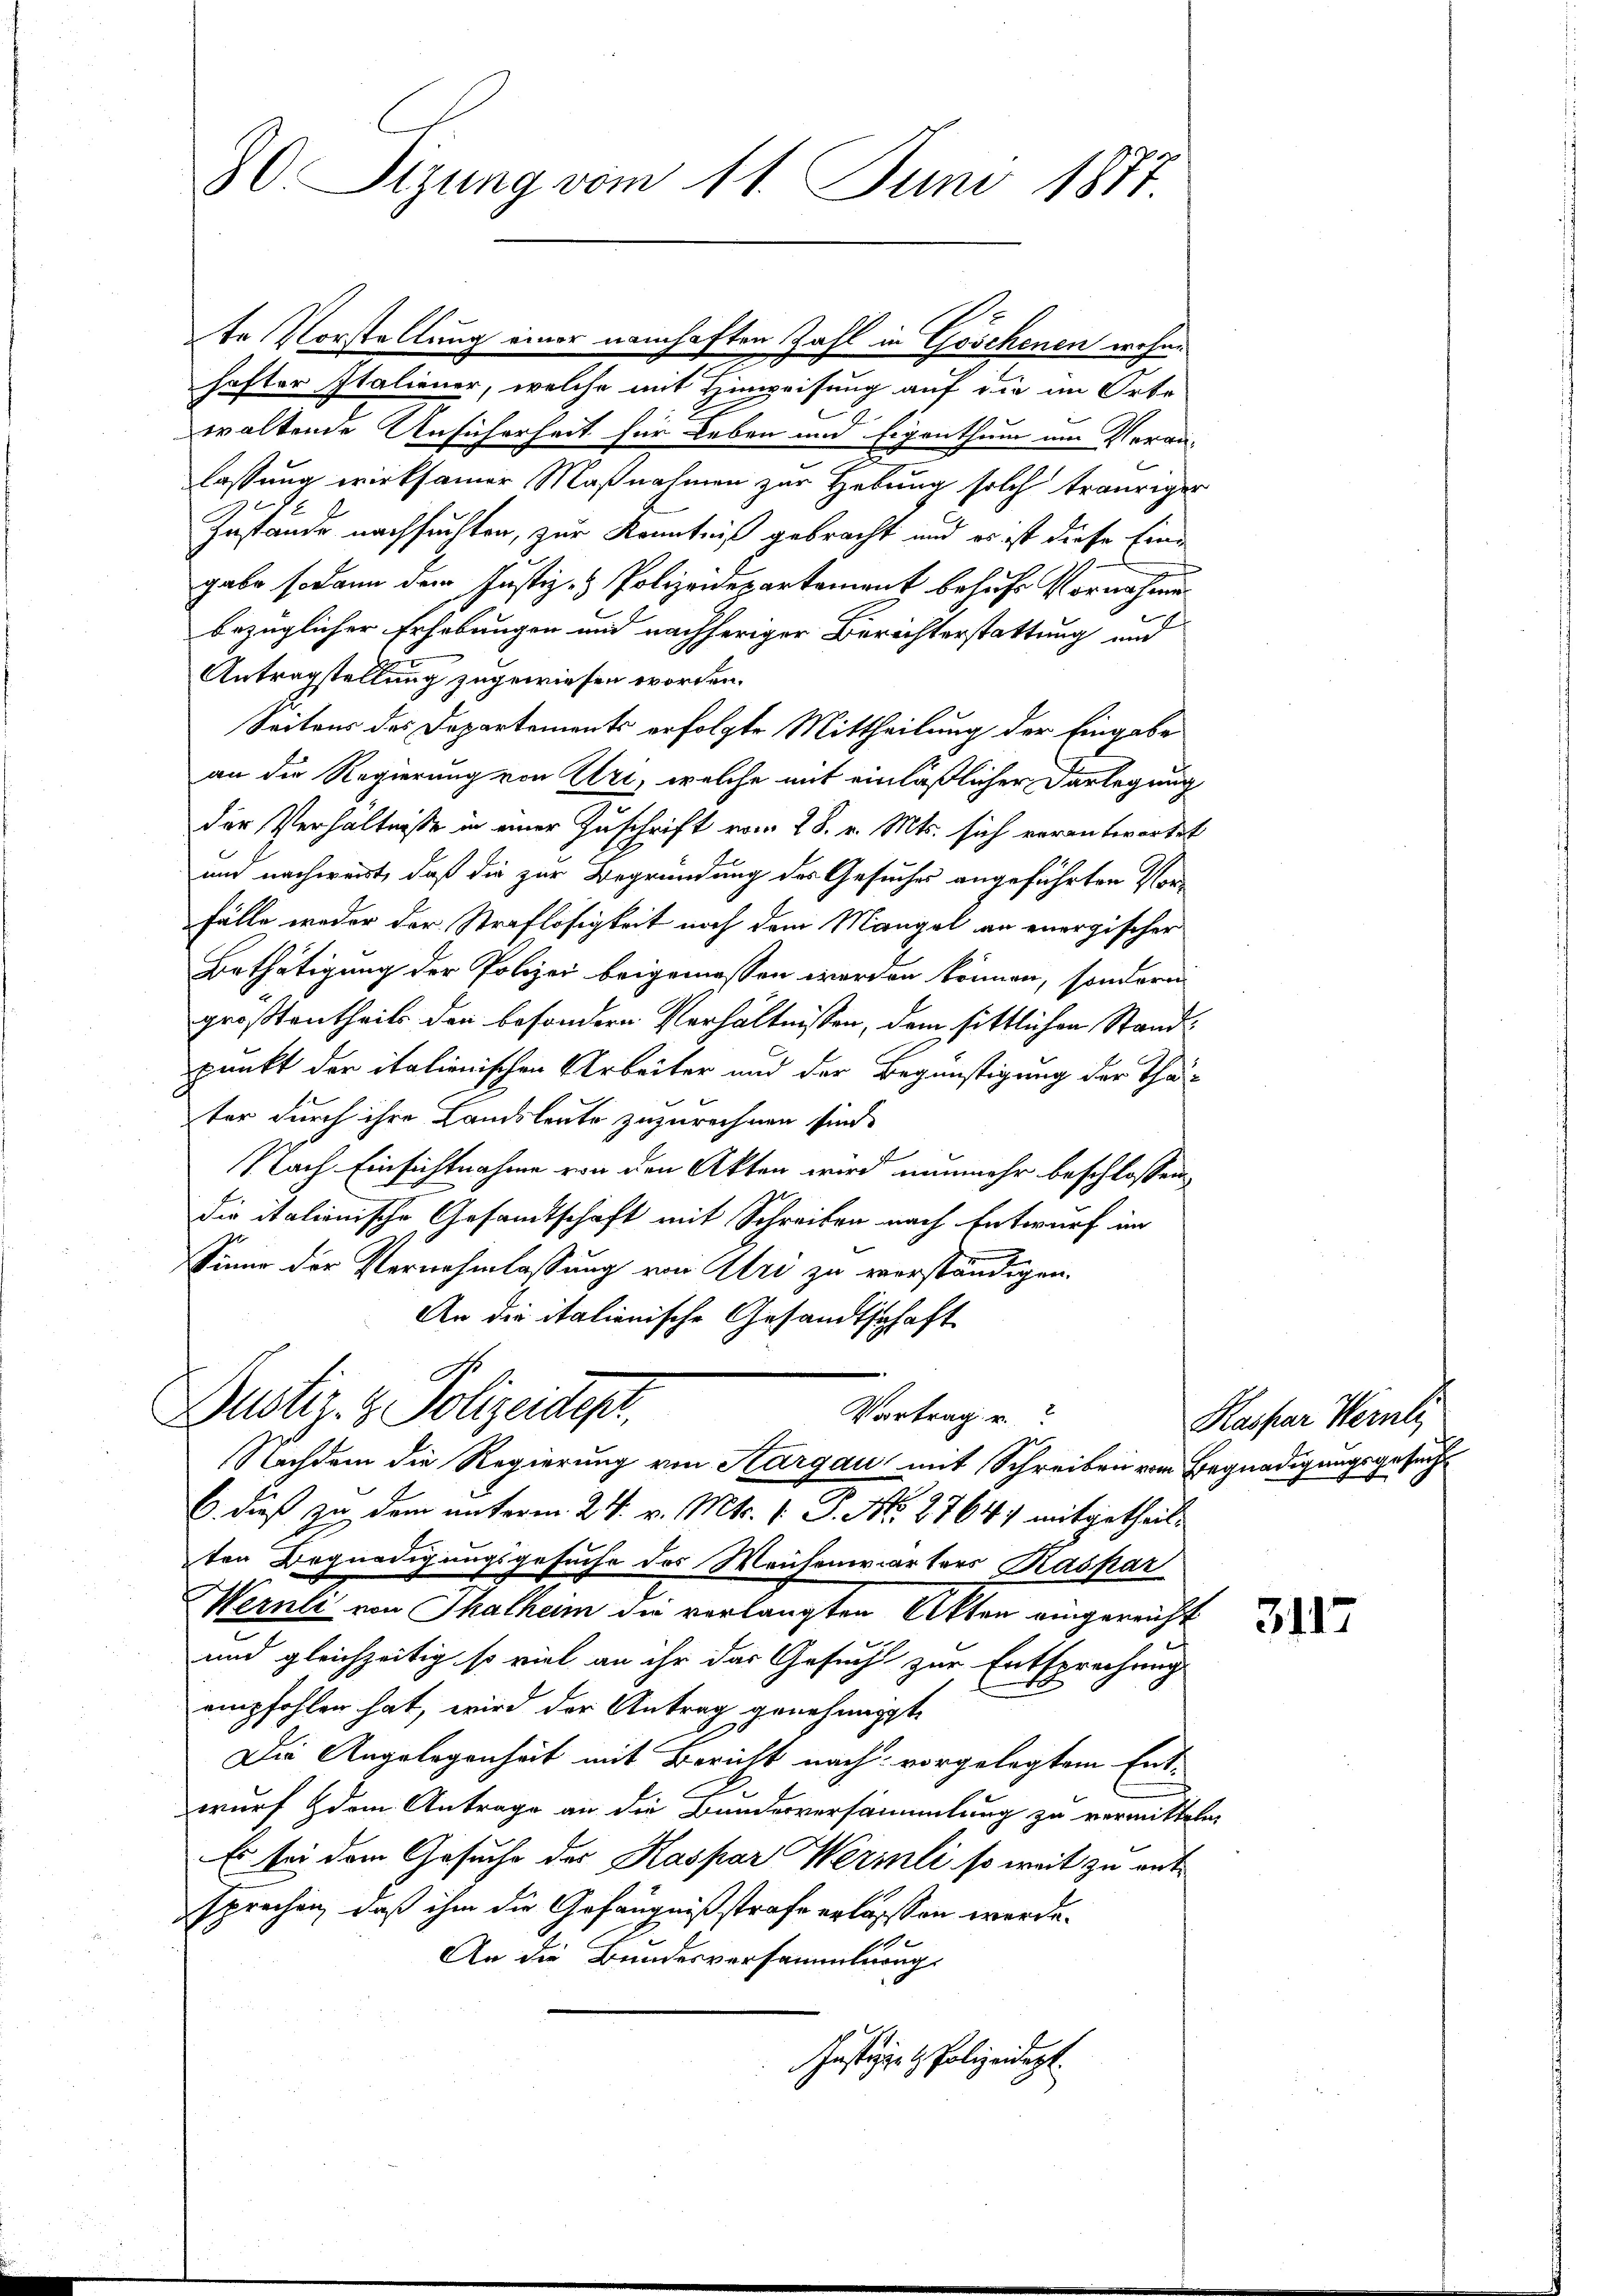
80 Sizung vom 11. Juni 1887

te Vorstellung einer namhaften Zahl in Göschenen wohnhafter Italiener, welche mit Hinweisung auf die im Orte
waltende Ansicherheit für Leben und Eigenthum um Veran-
lassung wirksamer Maßnahmen zur Hebung solch trauriger
Zustände nachsuchten, zur Kenntniß gebracht und es ist diese Eine
gabe sodann dem Justiz- & Polizeidepartement behufs Vornahmen
bezüglicher Erhebungen und nachheriger Berichterstattung und
Antragstellung zugewiesen worden.
Seitens des Departements erfolgte Mittheilung der Eingabe
an die Regierung von Uri, welche mit einläßlicher Darlegung
der Verhältnisse in einer Zuschrift vom 28. v. Mts. sich verantwortet
und nachwert, daß die zur Begründung des Gesuches angeführten Vor¬
Fälle weder der Straflosigkeit noch dem Mangel an energischer
Bethätigung der Polizei beigemessen worden können, sondern
größtentheils den besondern Verhältnissen, dem sittlichen Standpunkt der italienischen Arbeiter und der Begünstigung der Thäter durch ihre Landsleute zuzurechnen sind.
Nach Einsichtnahme von den Akten wird nunmehr beschlossen,
die italienische Gesandtschaft mit Schreiben nach Entwurf im
Sinne der Vernehmlassung von Uri zu verständigen.
An die italienische Gesandtschaft
A

Dustiz- & Polizeidept.
Vortrag u.
Nachdem die Regierung von Aargau mit Schreiben vom Begnadigungsgesuch

6. dieß zu dem unterm 24. v. Mts. 1. P. Nr. 27641 mitgetheilten Begnadigungsgesuche des Weichenwärters Kaspar
Wernli von Thalheim die verlangten Akten eingereicht
und gleichzeitig so viel an ihr das Gesucht zur Entsprechung
empfohlen hat, wird der Antrag genehmigt.
Die Angelegenheit mit Bericht nach vorgelegtem Entwurf dem Antrage an die Bundesversammlung zu vermitteln,
Es bei dem Gesuche der Kaspar Werili so weit zu entsprechen, daß ihm die Gefängnißstrafe erlassen werde.
An die Bundesversammlung
Justigert Polizeidigt.

Kaspar Wernle

3117